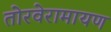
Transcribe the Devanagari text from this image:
तोरवेरामायण